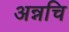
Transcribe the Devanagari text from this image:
अन्नचि